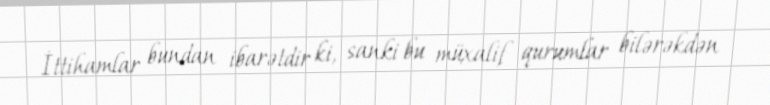
İttihamlar bundan ibarətdir ki, sanki bu müxalif qurumlar bilərəkdən